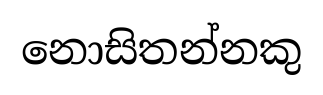
නොසිතන්නකු